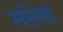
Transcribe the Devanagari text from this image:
मरेना